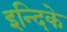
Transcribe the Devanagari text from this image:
इन्दिके